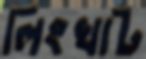
লিংখাট